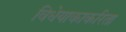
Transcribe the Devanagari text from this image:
विधेयाकाकरिता